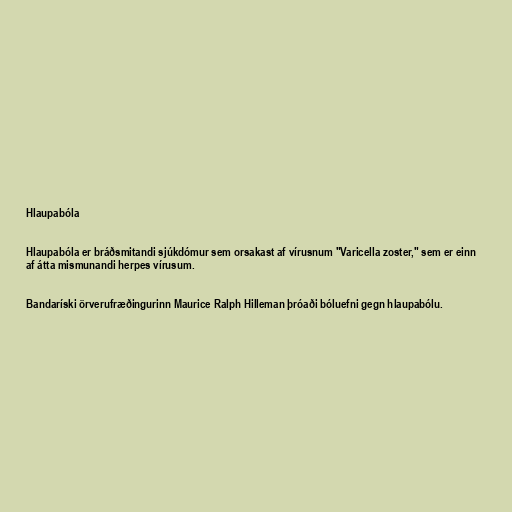
Hlaupabóla

Hlaupabóla er bráðsmitandi sjúkdómur sem orsakast af vírusnum "Varicella zoster," sem er einn
af átta mismunandi herpes vírusum.

Bandaríski örverufræðingurinn Maurice Ralph Hilleman þróaði bóluefni gegn hlaupabólu.